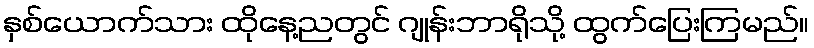
နှစ်ယောက်သား ထိုနေ့ညတွင် ဂျုန်းဘာရိုသို့ ထွက်ပြေးကြမည်။